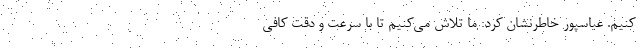
کنیم. عباسپور خاطرنشان کرد: ما تلاش می‌کنیم تا با سرعت و دقت کافی